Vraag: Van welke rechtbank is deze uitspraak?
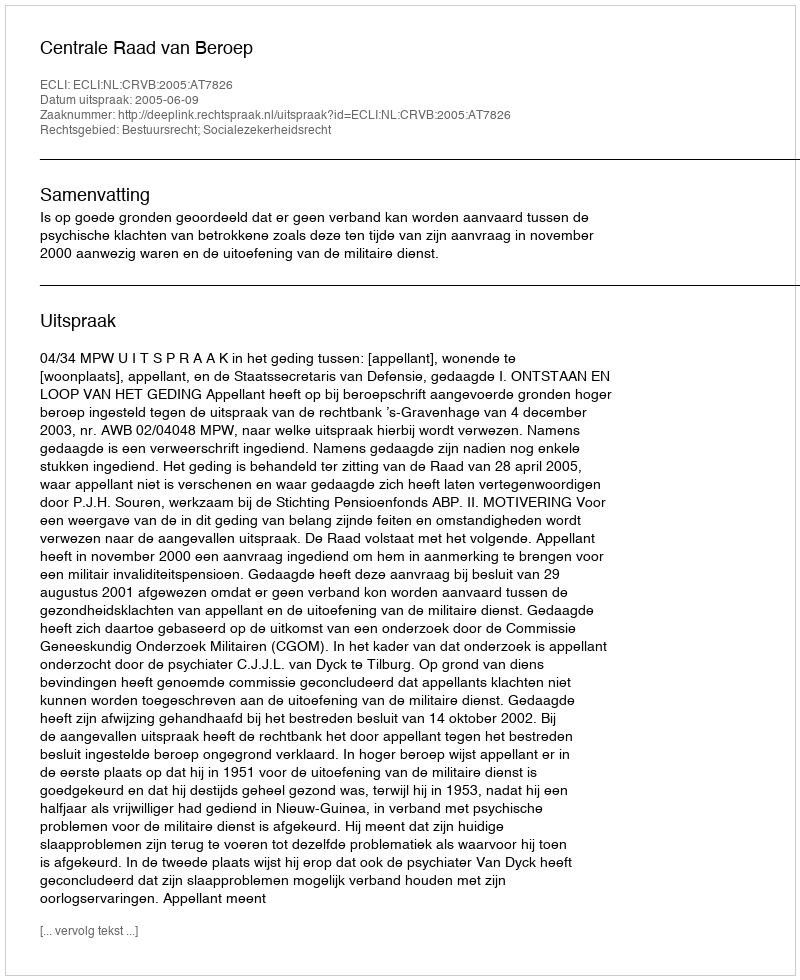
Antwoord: Centrale Raad van Beroep